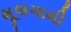
મૂલગામી